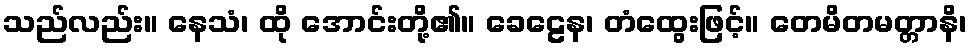
သည်လည်း။ နေသံ၊ ထို အောင်းတို့၏။ ခေဠေန၊ တံထွေးဖြင့်။ တေမိတမတ္တာနိ၊